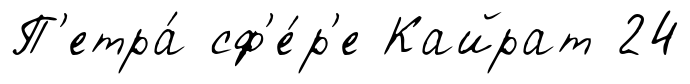
П'етра́ сф'е́р'е Кайрат 24